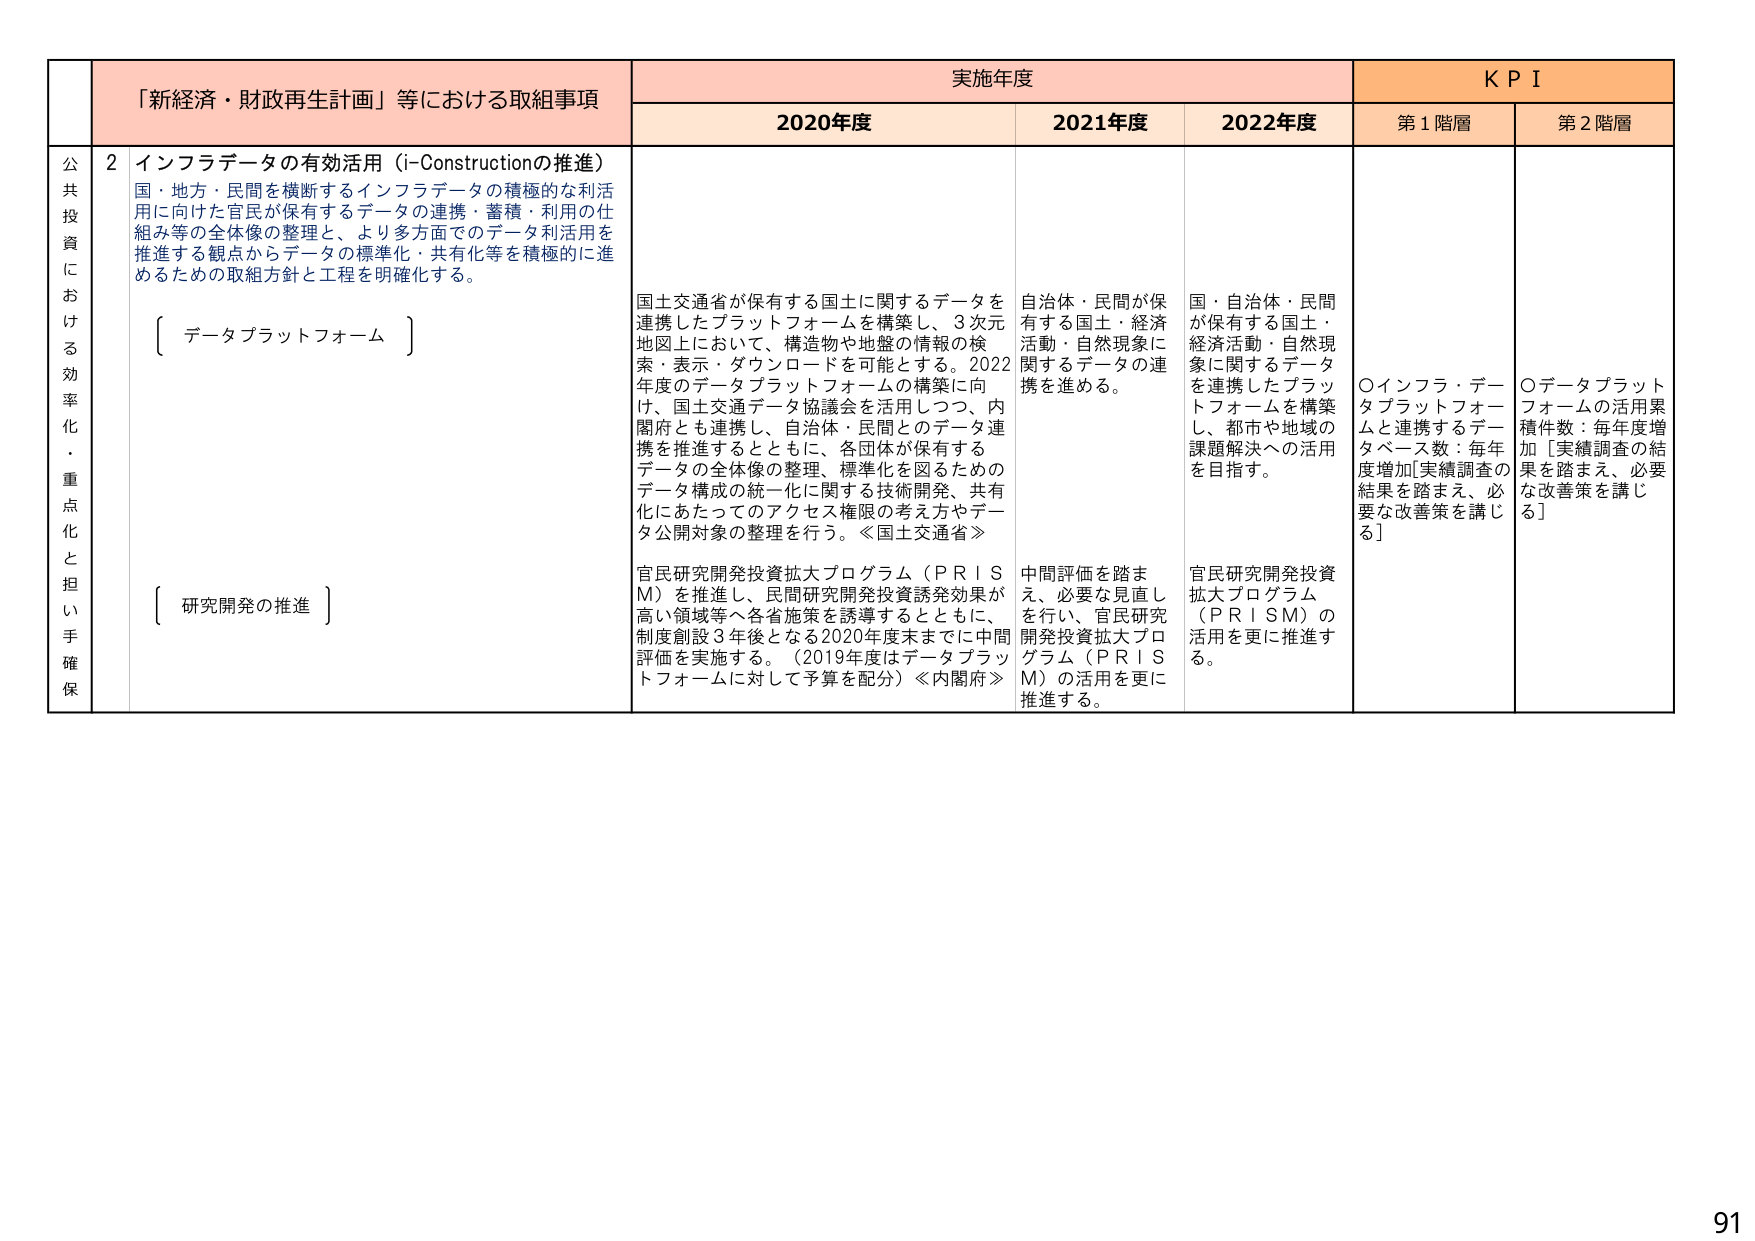
「新経済・財政再生計画」等における取組事項
実施年度
KPI

2020年度
2021年度
2022年度
第1階層
第2階層

公共投資における効率化・重点化と担い手確保

2 インフラデータの有効活用（i-Constructionの推進）
国・地方・民間を横断するインフラデータの積極的な利用に向けた官民が保有するデータの連携・蓄積・利用の仕組み等の全体像の整理と、より多方面でのデータ利用を推進する観点からデータの標準化・共有化等を積極的に進めるための取組方針と工程を明確化する。

〔データプラットフォーム〕

〔研究開発の推進〕

国土交通省が保有する国土に関するデータを連携したプラットフォームを構築し、3次元地図上において、構造物や地盤の情報の検索・表示・ダウンロードを可能とする。2022年度のデータプラットフォームの構築に向け、国土交通データ協議会を活用しつつ、内閣府とも連携し、自治体・民間とのデータ連携を推進するとともに、各団体が保有するデータの全体像の整理、標準化を図るためのデータ構成の統一化に関する技術開発、共有化にあたってのアクセス権限の考え方やデータ公開対象の整理を行う。≪国土交通省≫

官民研究開発投資拡大プログラム（PRISM）を推進し、民間研究開発投資誘発効果が高い領域等へ各省施策を誘導するとともに、制度創設3年後となる2020年度末までに中間評価を実施する。（2019年度はデータプラットフォームに対して予算を配分）≪内閣府≫

自治体・民間が保有する国土・経済活動・自然現象に関するデータの連携を進める。

中間評価を踏まえ、必要な見直しを行い、官民研究開発投資拡大プログラム（PRISM）の活用を更に推進する。

国・自治体・民間が保有する国土・経済活動・自然現象に関するデータを連携したプラットフォームを構築し、都市や地域の課題解決への活用を目指す。

官民研究開発投資拡大プログラム（PRISM）の活用を更に推進する。

○インフラ・データプラットフォームと連携するデータベース数：毎年度増加[実績調査の結果を踏まえ、必要な改善策を講じる]

○データプラットフォームの活用累積件数：毎年度増加[実績調査の結果を踏まえ、必要な改善策を講じる]

91